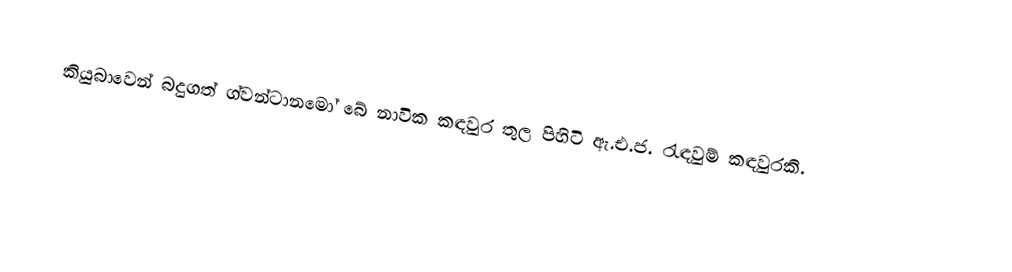
කියුබාවෙන් බදුගත් ග්වන්ටානමෝ බේ නාවික කඳවුර තුල පිහිටි ඇ.එ.ජ. රැඳවුම් කඳවුරකි.